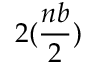
2 ( \frac { n b } { 2 } )